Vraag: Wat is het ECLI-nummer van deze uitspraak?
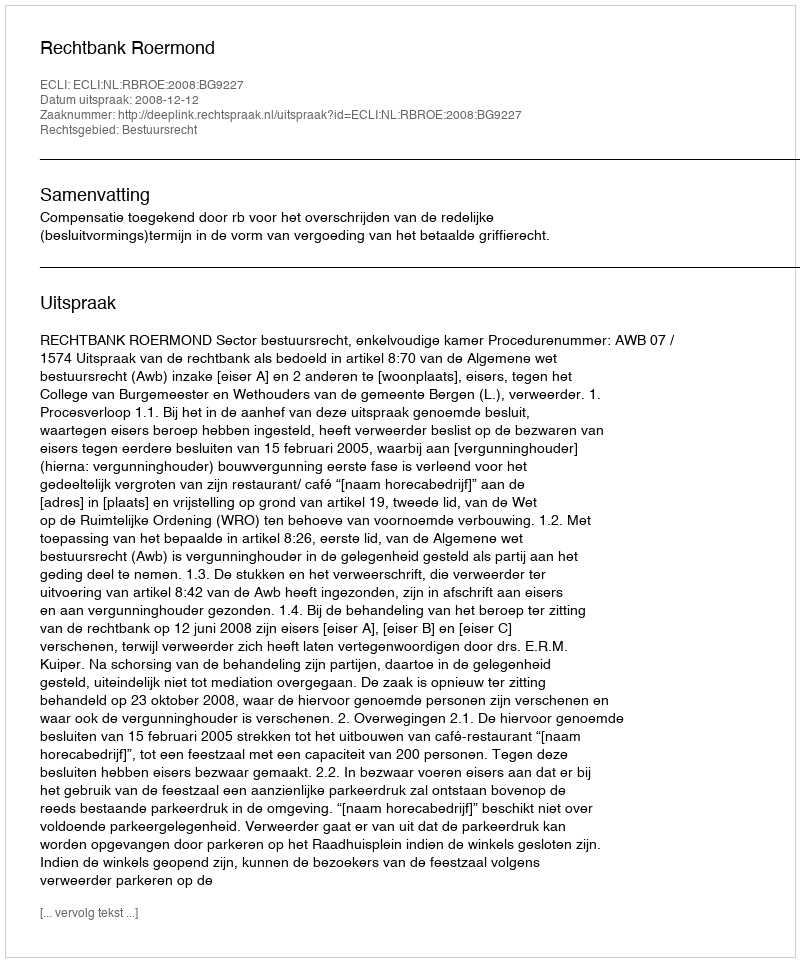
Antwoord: ECLI:NL:RBROE:2008:BG9227